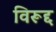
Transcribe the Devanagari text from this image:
विरूद्द